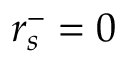
r _ { s } ^ { - } = 0